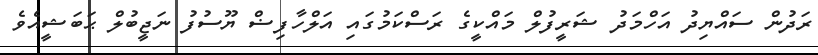
ރަދުން ސައްޔިދު އަހްމަދު ޝަރީފުލް މައްކީގެ ރަސްކަމުގައި އަލްހާފިޟް ޔޫސުފު ނަޖީބުލް ޙަބަޝީއެވެ